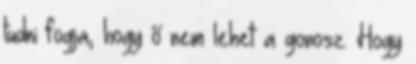
tudni fogja, hogy ő nem lehet a gonosz. Hogy